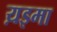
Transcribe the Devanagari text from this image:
य़इमा